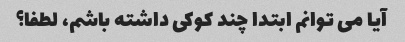
آیا می توانم ابتدا چند کوکی داشته باشم، لطفا؟